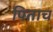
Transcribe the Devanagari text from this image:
पिताच